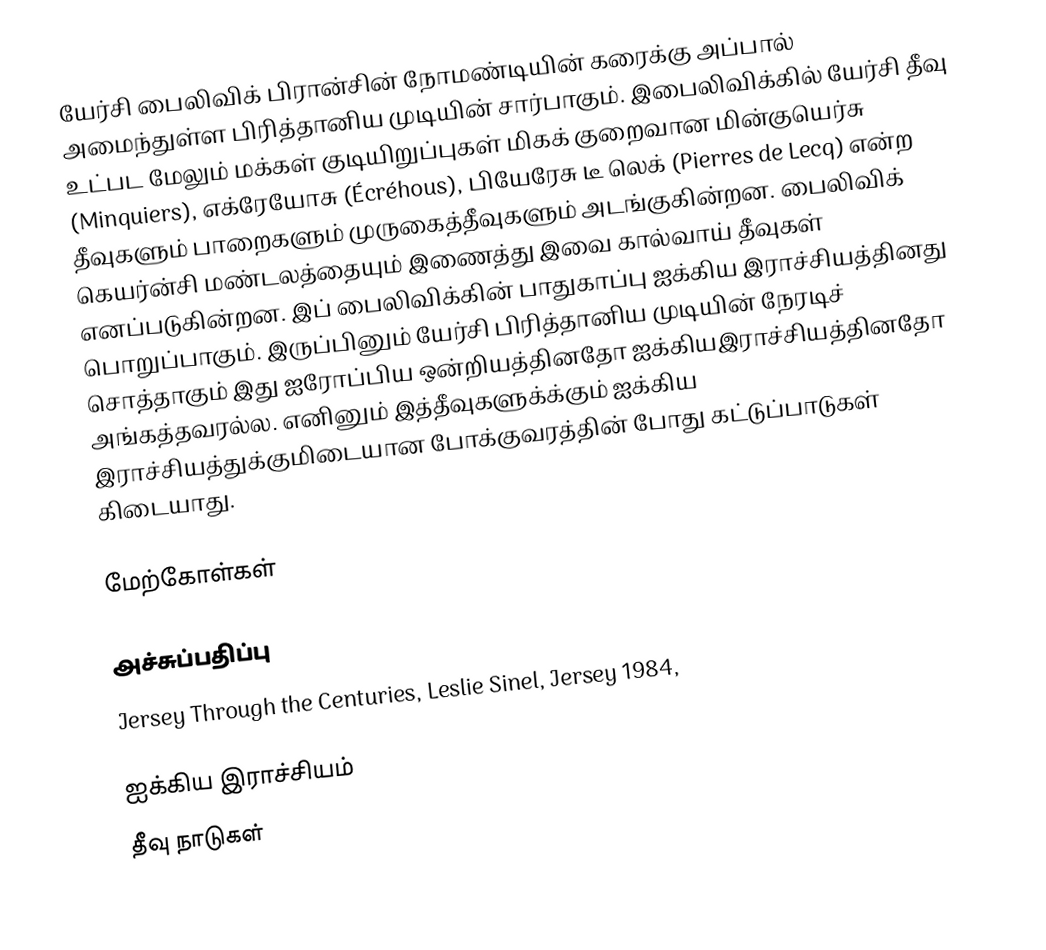
யேர்சி பைலிவிக் பிரான்சின் நோமண்டியின் கரைக்கு அப்பால் அமைந்துள்ள பிரித்தானிய முடியின் சார்பாகும்.  இபைலிவிக்கில் யேர்சி தீவு உட்பட மேலும் மக்கள் குடியிறுப்புகள் மிகக் குறைவான மின்குயெர்சு (Minquiers), எக்ரேயோசு (Écréhous), பியேரேசு டீ லெக் (Pierres de Lecq)  என்ற தீவுகளும் பாறைகளும் முருகைத்தீவுகளும் அடங்குகின்றன.  பைலிவிக் கெயர்ன்சி மண்டலத்தையும் இணைத்து இவை கால்வாய் தீவுகள் எனப்படுகின்றன. இப் பைலிவிக்கின் பாதுகாப்பு ஐக்கிய இராச்சியத்தினது பொறுப்பாகும். இருப்பினும் யேர்சி பிரித்தானிய முடியின் நேரடிச் சொத்தாகும் இது ஐரோப்பிய ஒன்றியத்தினதோ ஐக்கியஇராச்சியத்தினதோ அங்கத்தவரல்ல. எனினும் இத்தீவுகளுக்க்கும் ஐக்கிய இராச்சியத்துக்குமிடையான போக்குவரத்தின் போது கட்டுப்பாடுகள் கிடையாது.

மேற்கோள்கள்

அச்சுப்பதிப்பு
 Jersey Through the Centuries, Leslie Sinel, Jersey 1984,

ஐக்கிய இராச்சியம்
தீவு நாடுகள்